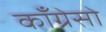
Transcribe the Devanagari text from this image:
काँग्रेसो